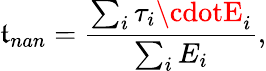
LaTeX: \mathfrak{t}_{nan}=\frac{{\sum_{i}\tau_{i}\cdotE_{i}}}{{\sum_{i}E_{i}}},